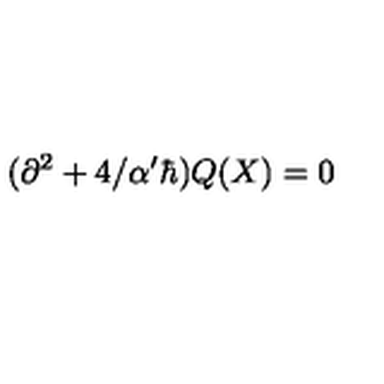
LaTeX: ( \partial ^ { 2 } + 4 / \alpha ^ { \prime } \hbar ) Q ( X ) = 0